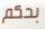
بحكم